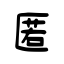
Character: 匿